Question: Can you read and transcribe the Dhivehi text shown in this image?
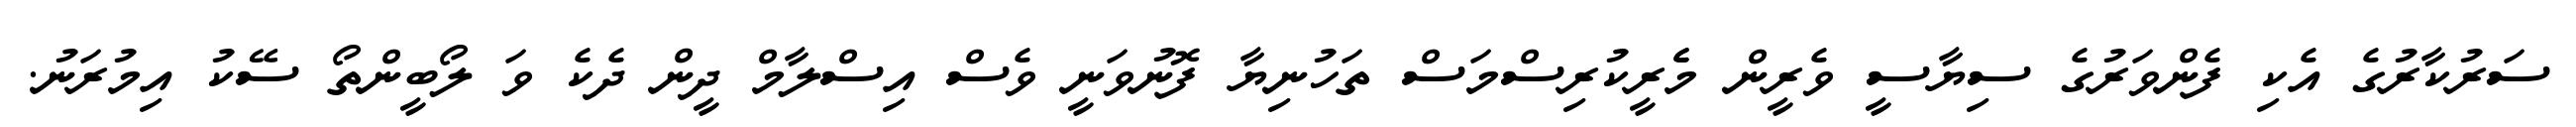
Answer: ސަރުކާރުގެ އެކި ފެންވަރުގެ ސިޔާސީ ވެރީން މެެރީކުރިސްމަސް ތަހުނިޔާ ފޮނުވަނީ ވެސް އިސްލާމް ދީން ދެކެ ވަ ލޯބީންތޯ ސޭކު އިމުރަނު.